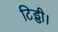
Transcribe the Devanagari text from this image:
टिड्डी।